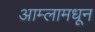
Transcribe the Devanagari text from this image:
आम्लामधून